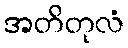
အတိတုလံ